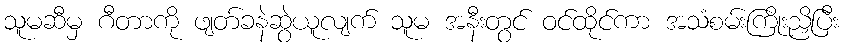
သူမဆီမှ ဂီတာကို ဖျတ်ခနဲဆွဲယူလျက် သူမ အနီးတွင် ဝင်ထိုင်ကာ အသံစမ်းကြိုးညှိပြီး